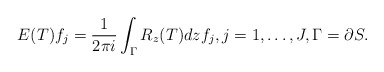
\begin{align*} E(T) f_j = \frac{1}{2\pi i} \int_\Gamma R_z(T) dz f_j, j=1, \ldots, J, \Gamma = \partial S.\end{align*}